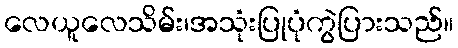
လေယူလေသိမ်း၊အသုံးပြုပုံကွဲပြားသည်။